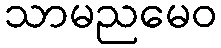
သာမညမေဝ